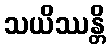
သယိဿန္တိ